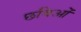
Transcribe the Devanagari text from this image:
छविओं